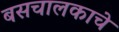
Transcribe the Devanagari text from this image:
बसचालकाचे